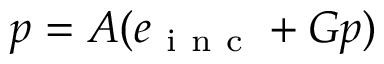
p = A ( e _ { \mathrm { ~ i ~ n ~ c ~ } } + G p )